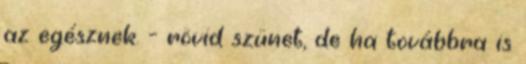
az egésznek. - rövid szünet, de ha továbbra is